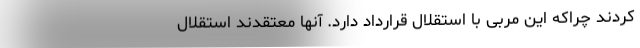
کردند چراکه این مربی با استقلال قرارداد دارد. آنها معتقدند استقلال